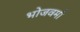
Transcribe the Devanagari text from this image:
भोजवर्मा